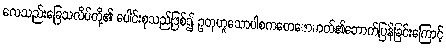
လေသည်းခြေသလိပ်တို့၏ ပေါင်းစုသည်ဖြစ်၍ ဥတုဟူသောပါစကတေဇောဓာတ်၏ဘောက်ပြန်ခြင်းကြောင့်